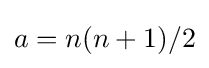
a=n(n+1)/2